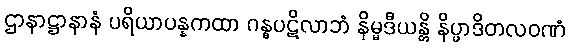
ဌာနာဋ္ဌာနာနံ ပရိယာပန္နကထာ ဂန္ဓပဋိလာဘံ နိမ္မဒီယန္တိ နိပ္ဖာဒိတလဝဏံ